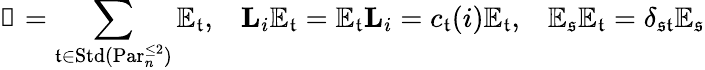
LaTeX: \mathbb{1}=\sum_{\mathfrak{t}\in\mathrm{Std}(\mathrm{Par}_{n}^{\le 2})}\mathbb{E}_{\mathfrak{t}},\, \, \, \, \, \mathbf{L}_{i}\mathbb{E}_{\mathfrak{t}}=\mathbb{E}_{\mathfrak{t}}\mathbf{L}_{i}=c_{\mathfrak{t}}(i)\mathbb{E}_{\mathfrak{t}},\, \, \, \, \, \mathbb{E}_{\mathfrak{s}}\mathbb{E}_{\mathfrak{t}}=\delta_{\mathfrak{s}\mathfrak{t}}\mathbb{E}_{\mathfrak{s}}